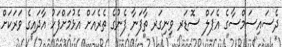
ދެސައިސަމްސާގެ އެޕަލް ސޮޑަރ ވިނިގަރ ތާފަނާ ފެނުގެ ތެރެއަށް އެޅުމަށްފަހު އާދައިގެ ވަރަކަަށް